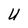
Character: U